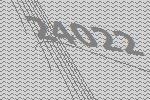
24022